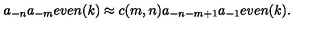
a _ { - n } a _ { - m } e v e n ( k ) \approx c ( m , n ) a _ { - n - m + 1 } a _ { - 1 } e v e n ( k ) .